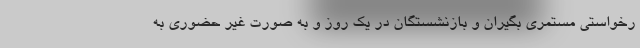
رخواستی مستمری بگیران و بازنشستگان در یک روز و به صورت غیر حضوری به